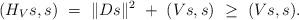
LaTeX: \begin{align*}(H_Vs,s)\ = \ \|Ds\|^2\ +\ (Vs,s)\ \ge\ (Vs,s).\end{align*}